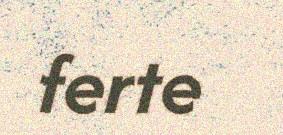
ferte